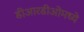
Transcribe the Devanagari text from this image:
डीआरडीओमध्ये